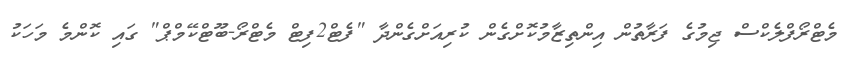
މެޓްރޯފްލެކްސް ޖިމުގެ ފަރާތުން އިންތިޒާމުކޮށްގެން ކުރިއަށްގެންދާ "ފެޓް2ފިޓް މެޓްރޯ-ބޫޓްކޭމްޕް" ގައި ކޮންމެ މަހަކު